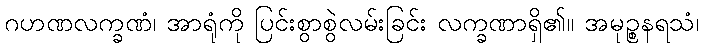
ဂဟဏလက္ခဏံ၊ အာရုံကို ပြင်းစွာစွဲလမ်းခြင်း လက္ခဏာရှိ၏။ အမုဉ္စနရသံ၊